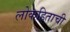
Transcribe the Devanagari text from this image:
लोकहिताची